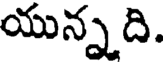
యున్నది.